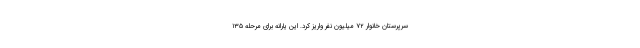
سرپرستان خانوار ۷۲ میلیون نفر واریز کرد. این یارانه برای مرحله ۱۳۵